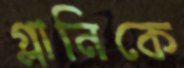
গ্লানিকে